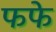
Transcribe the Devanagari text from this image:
फफे